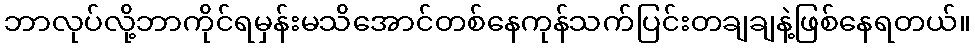
ဘာလုပ်လို့ဘာကိုင်ရမှန်းမသိအောင်တစ်နေကုန်သက်ပြင်းတချချနဲ့ဖြစ်နေရတယ်။